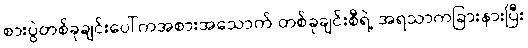
စားပွဲတစ်ခုချင်းပေါ်ကအစားအသောက် တစ်ခုချင်းစီရဲ့ အရသာကခြားနားပြီး